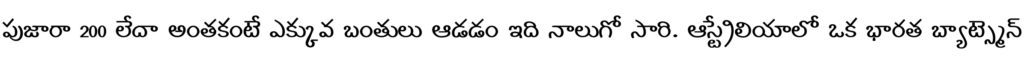
పుజారా 200 లేదా అంతకంటే ఎక్కువ బంతులు ఆడడం ఇది నాలుగో సారి. ఆస్ట్రేలియాలో ఒక భారత బ్యాట్స్మెన్